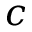
c